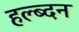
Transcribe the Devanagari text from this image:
हल्ब्दन